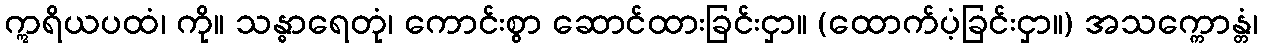
ဣရိယပထံ၊ ကို။ သန္ဓာရေတုံ၊ ကောင်းစွာ ဆောင်ထားခြင်းငှာ။ (ထောက်ပံ့ခြင်းငှာ။) အသက္ကောန္တံ၊